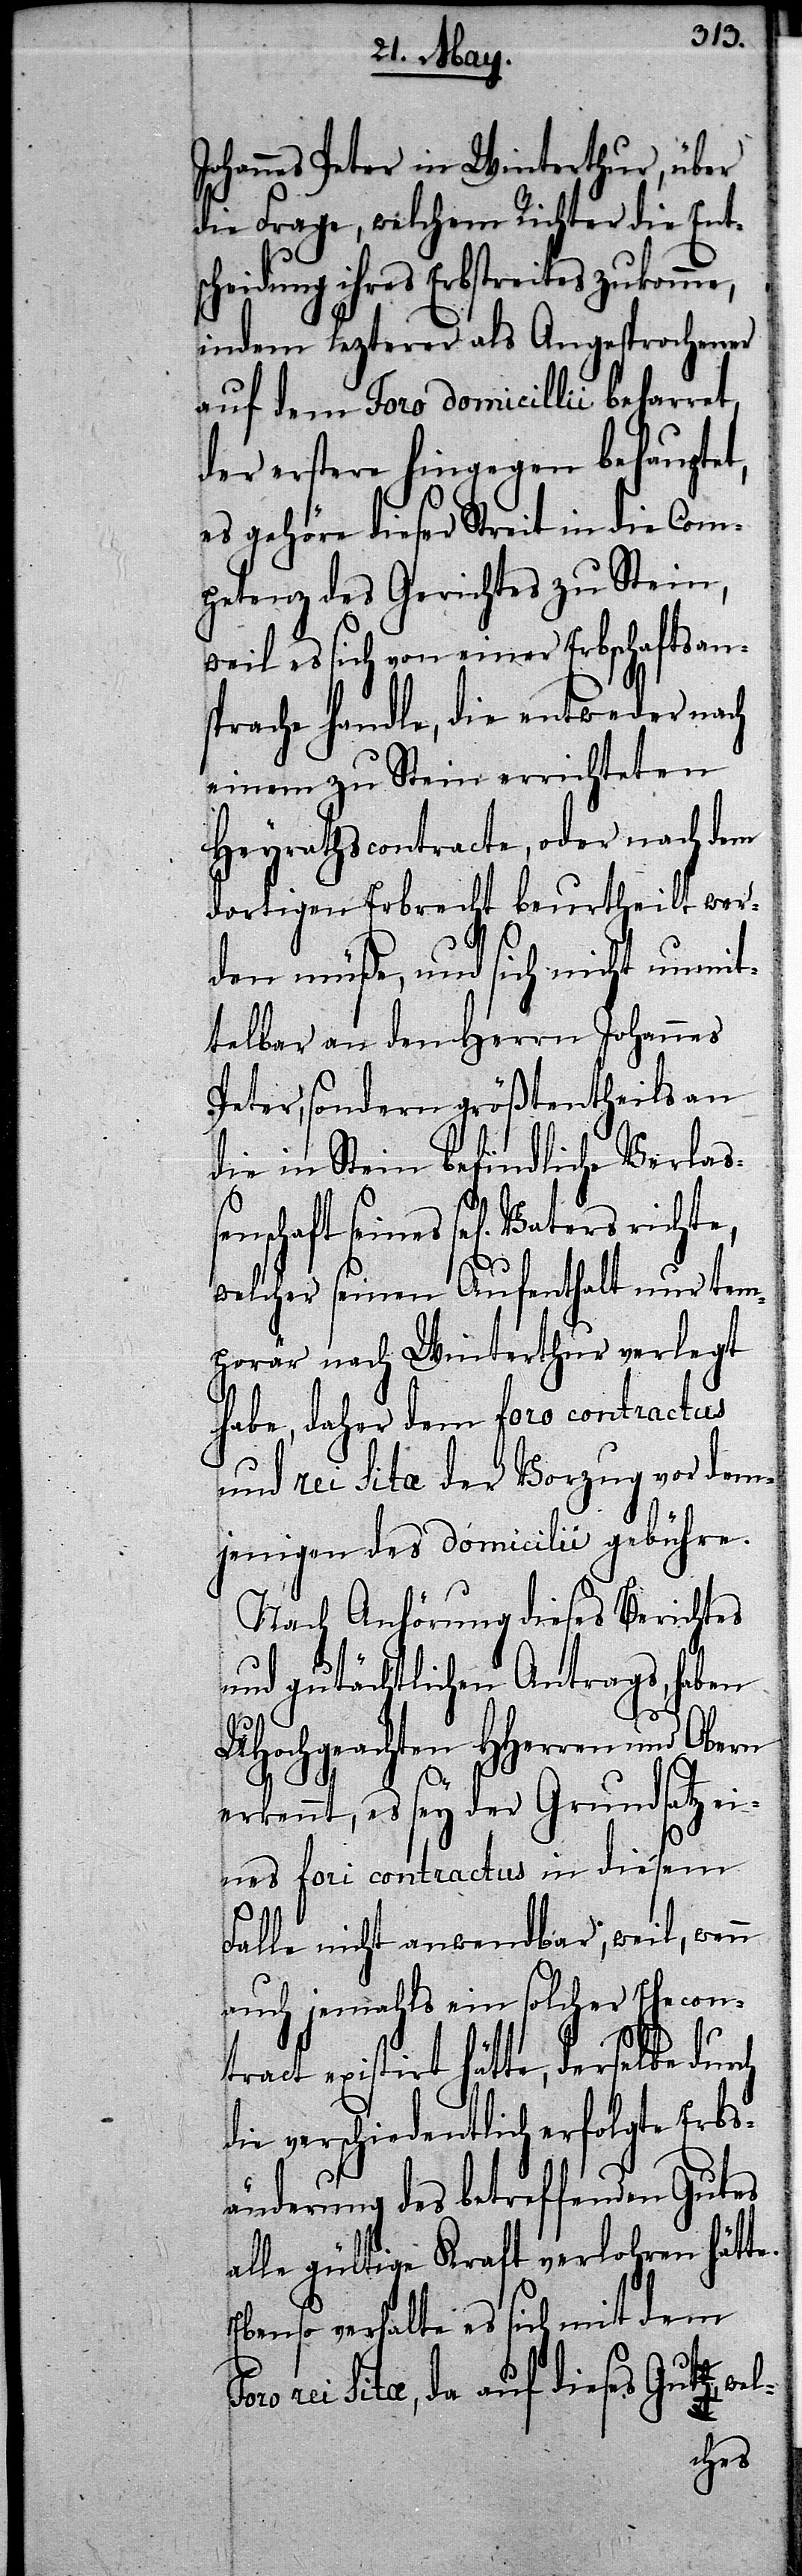
Johannes Peter in Winterthur, über
die Frage, welchem Richter die Ents¬
cheidung ihres Erbstreites zukomm¬
indem lezterer als Angesprochener
auf dem Foro domicillii beharret,
der erstere hingegen behauptet,
es gehöre dieser Streit in die Com¬
petenz des Gerichtes zu Stein,
weil es sich von einer Erbschaftsans¬
prache handle, die entweder nach
einem zu Stein errichtetten
Heyrathscontracte, oder nach dem
dortigen Erbrecht beurtheilt wer¬
den müße, und sich nicht unmit¬
telbar an den Herrn Johannes
Peter, sondern größtentheils an
die in Stein befindliche Verlaß¬
enschaft seines sel[igen] Vaters
welcher seinen Aufenthalt nur tem¬
porär nach Winterthur verlegt
habe, daher dem foro contractus
und rei sita der Vorzug vor dem¬
jenigen des domicilii gebühre.
Nach Anhörung dieses Berichtes
und gutächtlichen Antrags, haben
UHochgeachten HHerren und Obern
ekrennt, es sey der Grundsatz ei¬
nes fori contractus in diesem
e.
Falle nicht anwendbar, weil, wenn
auch jemahls ein solcher Ehecon¬
tract existiert hätte, derselbe dur¬
ie verschiedentlich erfolgte Erbs¬
änderung des betreffenden Gutes
alle gültige Kraft verlohren hätt¬
Ebenso verhalte es sich mit dem
rei sita, da auf dieses Gut,